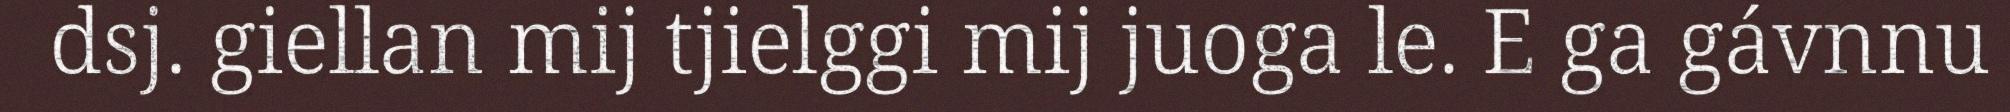
dsj. giellan mij tjielggi mij juoga le. E ga gávnnu